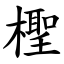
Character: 檉